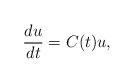
LaTeX: \begin{align*}\frac{du}{dt} = C(t) u,\end{align*}